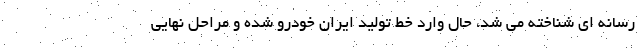
رسانه ای شناخته می شد، حال وارد خط تولید ایران خودرو شده و مراحل نهایی